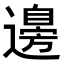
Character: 𮟗